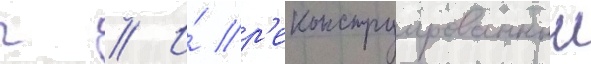
г // И́ р'еконструированныи